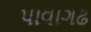
પાવાગઢ